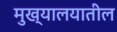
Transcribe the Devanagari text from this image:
मुख्यालयातील